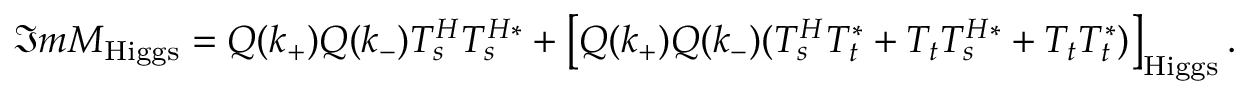
{ \Im m { \cal M } } _ { \mathrm { H i g g s } } = Q ( k _ { + } ) Q ( k _ { - } ) { \cal T } _ { s } ^ { H } { \cal T } _ { s } ^ { H * } + \big [ Q ( k _ { + } ) Q ( k _ { - } ) ( { \cal T } _ { s } ^ { H } { \cal T } _ { t } ^ { * } + { \cal T } _ { t } { \cal T } _ { s } ^ { H * } + { \cal T } _ { t } { \cal T } _ { t } ^ { * } ) \big ] _ { \mathrm { H i g g s } } \, .